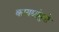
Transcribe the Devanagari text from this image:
कायद्यांमुळे